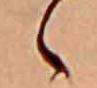
ゝ